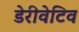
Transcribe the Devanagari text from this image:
डेरीवेटिव